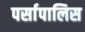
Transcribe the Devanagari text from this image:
पर्सापालिस